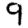
Digit: 9